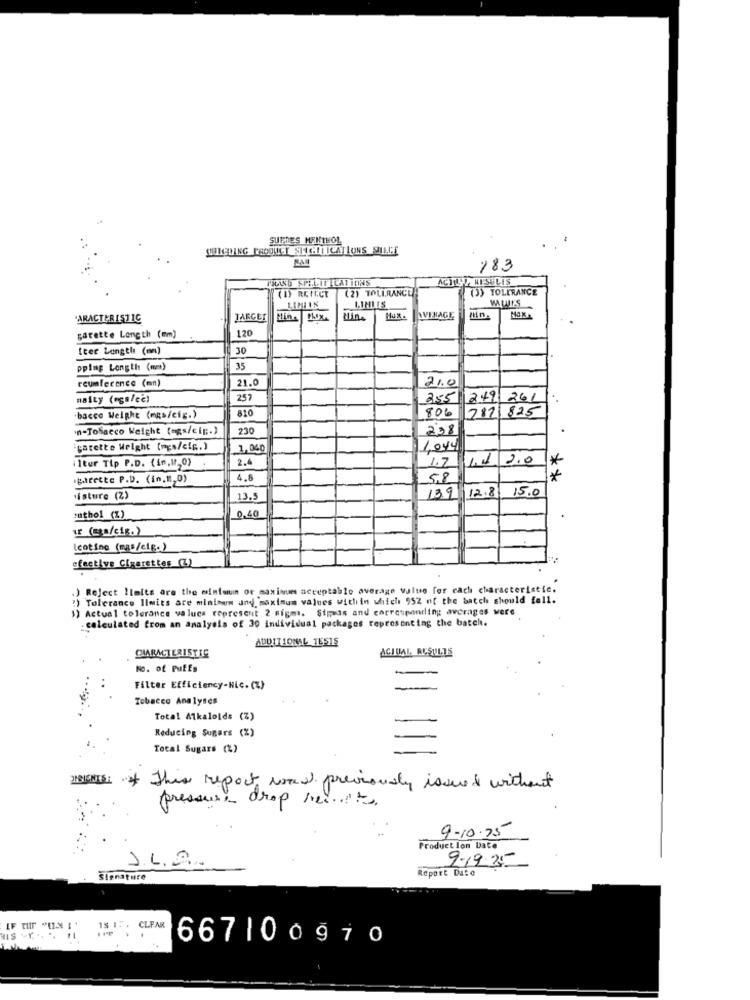
SUPDES MENTHOL
QORGDING PRODUCT SEHENICATIONS SIEGE
183
THAND SPECIFICATIONS
ACHTYY RESULTS
(B) REHCT
(2) TOLERANCE
(3) TOLERANCE
'ARACTERISTIC
TARGET
Mine Mix
AVERAGE
120
garette Length (mm)
teer Length (on)
30
pping Longth (mm)
35
reumference (mn)
21.0
21.0
naity (mgs/ce)
257
255
249 261
810
806
282 825
.bacco Weight (mgs/cig.)
'n-Tobacco Weight (egs/cig :. )
230
238
carette Weight (mgs/cię.)
1.040
1,044
2.4
11 2.0
*
ilter Tip P.D. (10,1820)
Btrecte P.D. (in.n,0)
4.8
5,8
*
12.8
15.0
Misture (Z)
13.5
139
0.40
:uthol (Z)
Icotine (mas/etc.)
efective Cigarettes (3)
) Reject llaits are the minimum or maximum acceptable average value for each characteristic.
Tolerance Ilmits are minimum and maximum values within which 952 of the batch should fall.
1) Actual tolerance values represent 2 nigma. Sipsis and corresponding averages were
calculated from an analysis of 30 individual packages representing the batch.
ADDITIONAL TESTS
CHARACTERISTIC
ACTUAL RESULTS
No. of Puffs
Filter Efficiency-Nic. (%)
Tobacco Analyses
Total Alkaloids (Z
Reducing Sugars (%)
Total Sugars (2)
* This report was previously issued without
pressure drop heute
9-10-75
Product lon Date
J.L.A.
Report Date
9-1925
Slenature
IF TUr "ONI IS W. CLEAR
15 IF . CLFAR
HIS -...... ...
667100970